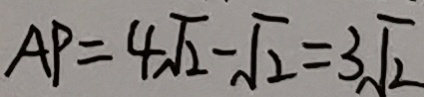
A P = 4 \sqrt { 2 } - \sqrt { 2 } = 3 \sqrt { 2 }